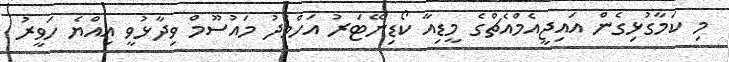
މި ކަމާގުޅިގެން އައިޖީއެމްއެޗްގެ މީޑިއާ ކޯޑިނޭޓަރު އަހްމަދު މައުސޫމް ވިދާޅުވީ އިއްޔެ ހަވީރު